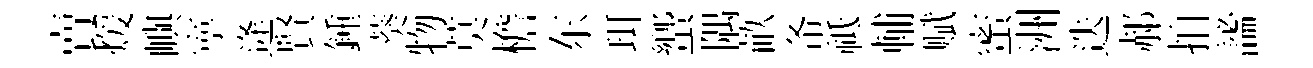
賣煖嶼寕逄賢鍾葵物莫檐东珥蠁隅畝𢁙祗輔赋蜜洲迭郝拍謐